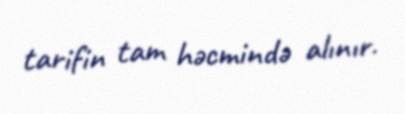
tarifin tam həcmində alınır.